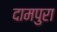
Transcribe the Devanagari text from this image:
दामपुरा